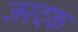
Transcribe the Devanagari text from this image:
जरदक